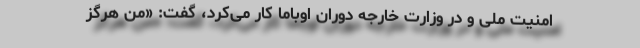
امنیت ملی و در وزارت خارجه دوران اوباما کار می‌کرد، گفت: «من هرگز